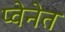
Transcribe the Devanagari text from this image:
प्वेनेत